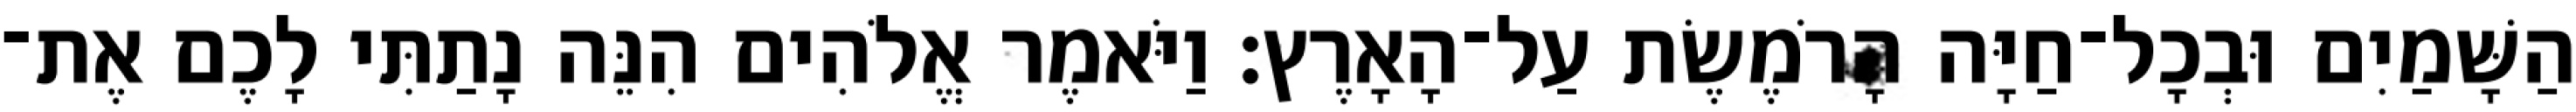
הַשָּׁמַיִם וּבְכָל־חַיָּה הָרֹמֶשֶׂת עַל־הָאָרֶץ׃ וַיֹּאמֶר אֱלֹהִים הִנֵּה נָתַתִּי לָכֶם אֶת־